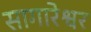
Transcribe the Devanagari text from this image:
सागारेश्वर